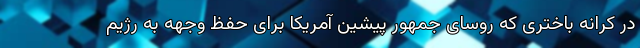
در کرانه باختری که روسای جمهور پیشین آمریکا برای حفظ وجهه به رژیم